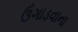
ઉગાડવાના